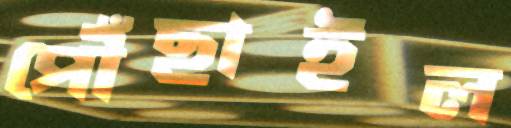
পৌঁছাইল